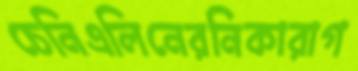
চেনিএলিনেরনিকারাগ